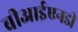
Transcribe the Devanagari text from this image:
बीआईएनडी